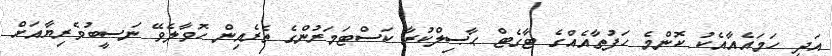
އަދި ހަމައެއާއެކު ކޮންމެ ހަފުތާއެއްގެ ޓާގެޓް ޙާޞިލްކުރާ ކަސްޓަމަރުންގެ ތެރެއިން ހޮވާލެވޭ ނަސީބުވެރިޔާއަށް